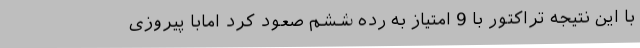
با این نتیجه تراکتور با 9 امتیاز به رده ششم صعود کرد امابا پیروزی